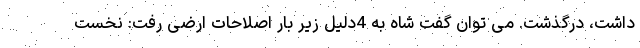
داشت، درگذشت. می توان گفت شاه به 4دلیل زیر بار اصلاحات ارضی رفت: نخست